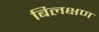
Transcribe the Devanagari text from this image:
बिलक्षण